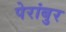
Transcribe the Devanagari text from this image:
पेरांबुर